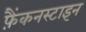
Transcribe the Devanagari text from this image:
फ़ैंकनस्टाइन